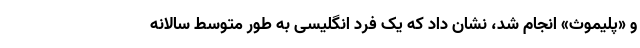
و «پلیموث» انجام شد، نشان داد که یک فرد انگلیسی به طور متوسط سالانه